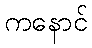
ကနောင်